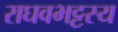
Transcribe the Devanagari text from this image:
राघवभट्टस्य